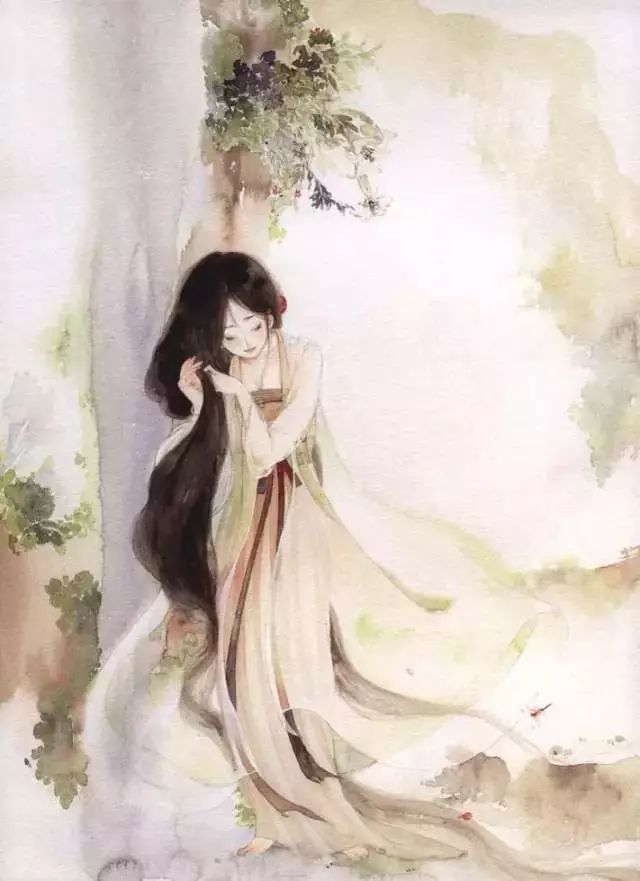
欲把相思说似谁，浅情人不知。